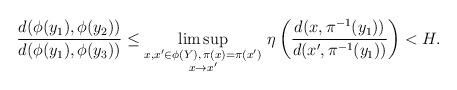
LaTeX: \begin{align*}\frac{d(\phi (y_1), \phi (y_2))}{d(\phi (y_1), \phi (y_3))}\leq \limsup_{\substack{x,x' \in \phi (Y),\, \pi (x)=\pi(x') \\ x\to x'} } \, \eta\left( \frac{d(x, \pi^{-1} (y_1))}{d(x', \pi^{-1} (y_1))} \right) < H.\end{align*}